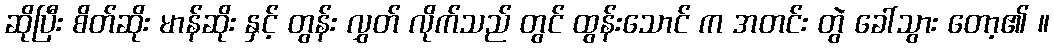
ဆိုပြီး စိတ်ဆိုး မာန်ဆိုး နှင့် တွန်း လွှတ် လိုက်သည် တွင် ထွန်းသောင် က အတင်း တွဲ ခေါ်သွား တော့၏ ။